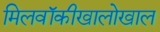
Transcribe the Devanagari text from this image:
मिलवॉकीखालोखाल